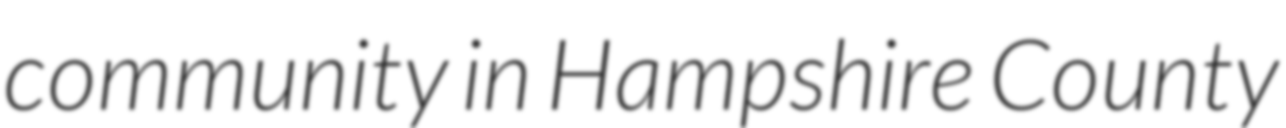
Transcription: community in Hampshire County